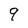
Character: 9